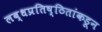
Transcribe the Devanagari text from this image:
लब्धप्रतिष्ठितांकडून